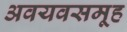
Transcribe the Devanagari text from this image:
अवयवसमूह